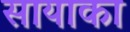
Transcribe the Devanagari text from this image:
सायाका